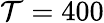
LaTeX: \mathcal{T}=400